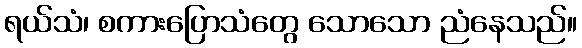
ရယ်သံ၊ စကားပြောသံတွေ သောသော ညံနေသည်။